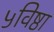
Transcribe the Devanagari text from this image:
५विष्ठा